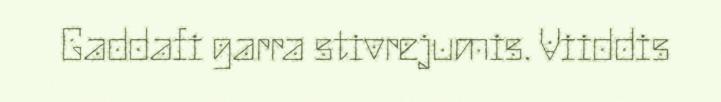
Gaddafi garra stivrejumis. Viiddis